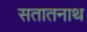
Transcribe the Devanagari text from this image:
सतातनाथ